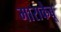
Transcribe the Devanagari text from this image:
माराकैबू